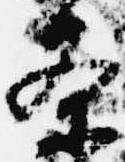
条